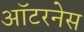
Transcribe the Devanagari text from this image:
ऑटरनेस